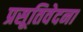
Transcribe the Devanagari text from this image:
प्रसूतिवेदना